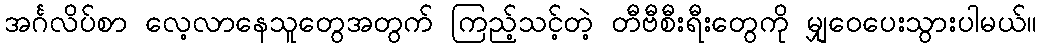
အင်္ဂလိပ်စာ လေ့လာနေသူတွေအတွက် ကြည့်သင့်တဲ့ တီဗီစီးရီးတွေကို မျှဝေပေးသွားပါမယ်။